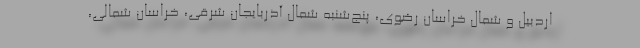
اردبیل و شمال خراسان رضوی، پنج‌شنبه شمال آذربایجان شرقی، خراسان شمالی،